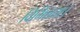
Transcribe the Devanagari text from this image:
विभिन्नता।